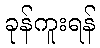
ခုန်ကူးရန်